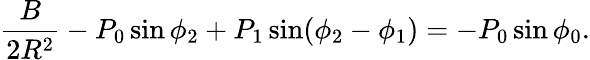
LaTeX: \frac{B}{2R^{2}}-P_{0}\sin\phi_{2}+P_{1}\sin(\phi_{2}-\phi_{1})=-P_{0}\sin\phi_{0}.